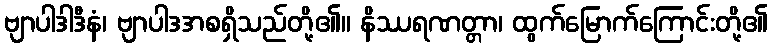
ဗျာပါဒါဒီနံ၊ ဗျာပါဒအစရှိသည်တို့၏။ နိဿရဏတ္တာ၊ ထွက်မြောက်ကြောင်းတို့၏